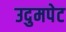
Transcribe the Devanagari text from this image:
उदुमपेट